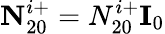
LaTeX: \textbf{N}_{20}^{i+}=N_{20}^{i+}\textbf{I}_{0}